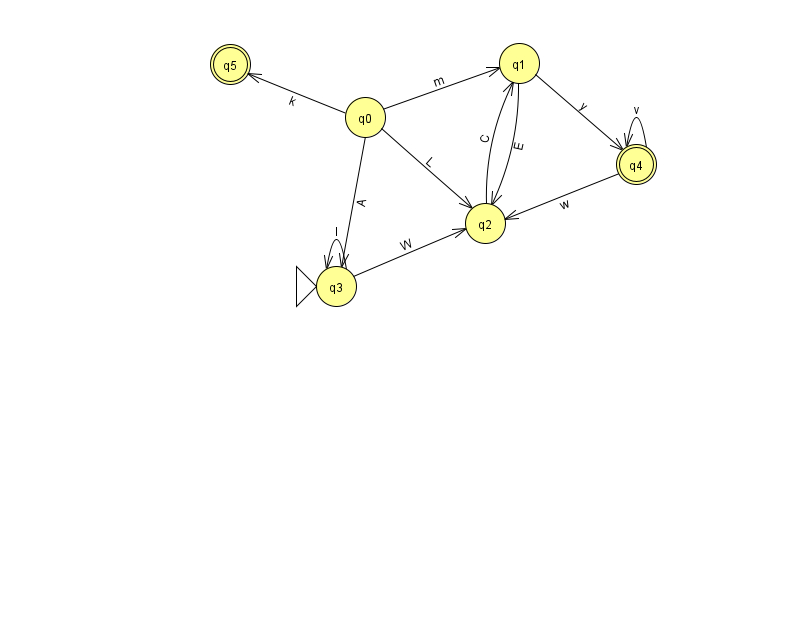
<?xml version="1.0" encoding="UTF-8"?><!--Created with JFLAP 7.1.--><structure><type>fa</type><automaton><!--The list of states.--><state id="0" name="q0"><x>365.0</x><y>104.0</y></state><state id="1" name="q1"><x>519.0</x><y>50.0</y></state><state id="2" name="q2"><x>485.0</x><y>210.0</y></state><state id="3" name="q3"><x>336.0</x><y>273.0</y><initial/></state><state id="4" name="q4"><x>636.0</x><y>151.0</y><final/></state><state id="5" name="q5"><x>230.0</x><y>51.0</y><final/></state><!--The list of transitions.--><transition><from>2</from><to>1</to><read>C</read></transition><transition><from>4</from><to>2</to><read>w</read></transition><transition><from>1</from><to>2</to><read>E</read></transition><transition><from>4</from><to>4</to><read>v</read></transition><transition><from>0</from><to>1</to><read>m</read></transition><transition><from>3</from><to>3</to><read>I</read></transition><transition><from>0</from><to>2</to><read>L</read></transition><transition><from>1</from><to>4</to><read>y</read></transition><transition><from>0</from><to>3</to><read>A</read></transition><transition><from>0</from><to>5</to><read>k</read></transition><transition><from>3</from><to>2</to><read>W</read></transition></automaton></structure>